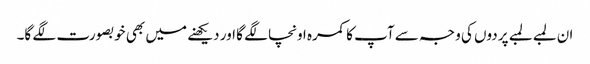
ان لمبے لمبے پردوں کی وجہ سے آپ کا کمرہ اونچا لگے گا اور دیکھنے میں بھی خوبصورت لگے گا۔